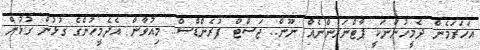
އަހަރަމެން ދެމީހުންނަކީ ޕާޓްނަރުންނެއް ނޫން.. ޖަސްޓް ފުރެންޑްސް.. މިއުވާން އެދެމީހުންގެ ގުޅުން ގުޅުން